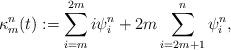
LaTeX: \begin{align*}\kappa^{n}_m(t) :=\sum_{i=m}^{2m} i\psi^{n}_i+2m\sum_{i=2m+1}^{n}\psi^{n}_i,\end{align*}